Mediterranean fever in India - Number 22
Disease focus: Fever
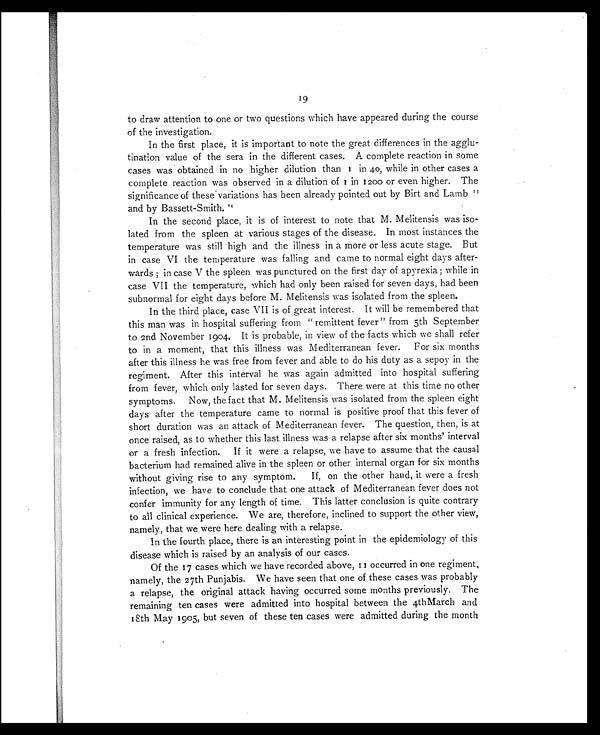
19
to draw attention to one or two questions which have appeared during the course
of the investigation.
In the first place, it is important to note the great differences in the agglu
- tination value of the sera in the different cases. A complete reaction in some
cases was obtained in no higher dilution than 1 in 40, while in other cases a
complete reaction was observed in a dilution of 1 in 1200 or even higher. The
significance of these variations has been already pointed out by Birt and Lam
b13
and by Bassett-Smith. 1 4
In the second place, it is of interest to note that M. Melitensis was iso-
lated from the spleen at various stages of the disease. In most instances the
temperature was still high and the illness in a more or less acute stage. But
in case VI the temperature was falling and came to normal eight days after-
wards ; in case V the spleen was punctured on the first day of apyrexia ; while in
case VII the temperature, which had only been raised for seven days, had been
subnormal for eight days before M. Melitensis was isolated from the spleen.
In the third place, case VII is of great interest. It will be remembered that
this man was in hospital suffering from " remittent fever" from 5th September
to 2nd November 1904. It is probable, in view of the facts which we shall refer
to in a moment, that this illness was Mediterranean fever. For six months
after this illness he was free from fever and able to do his duty as a sepoy in the
regiment. After this interval he was again admitted into hospital suffering
from fever, which only lasted for seven days. There were at this time no other
symptoms. Now, the fact that M. Melitensis was isolated from the spleen eight
days after the temperature came to normal is positive proof that this fever of
short duration was an attack of Mediterranean fever. The question, then, is at
once raised, as to whether this last illness was a relapse after six months' interval
or a fresh infection. If it were a relapse, we have to assume that the causal
bacterium had remained alive in the spleen or other internal organ for six months
without giving rise to any symptom. If, on the other hand, it were a fresh
infection, we have to conclude that one attack of Mediterranean fever does not
confer immunity for any length of time. This latter conclusion is quite contrary
to all clinical experience. We are, therefore, inclined to support the other view,
namely, that we were here dealing with a relapse.
In the fourth place, there is an interesting point in the epidemiology of this
disease which is raised by an analysis of our cases.
Of the 17 cases which we have recorded above, 11 occurred in one regiment,
namely, the 27th Punjabis. We have seen that one of these cases was probably
a relapse, the original attack having occurred some months previously. The
remaining ten cases were admitted into hospital between the 4thMarch and
18th May 1905, but seven of these ten cases were admitted during the month